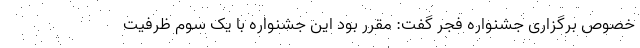
خصوص برگزاری جشنواره فجر گفت: مقرر بود این جشنواره با یک سوم ظرفیت